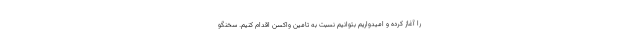
را آغاز کرده و امیدواریم بتوانیم نسبت به تامین واکسن اقدام کنیم. سخنگو